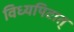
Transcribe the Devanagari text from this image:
विध्यपिटात्